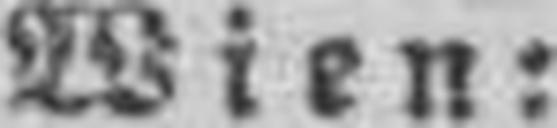
Wien: